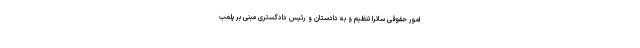
امور حقوقی ساترا تنظیم و به دادستان و رئیس دادگستری مبنی بر پلمب